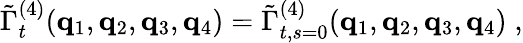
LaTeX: \tilde{\Gamma}_{t}^{(4)}({\mathbf{q}}_{1},{\mathbf{q}}_{2},{\mathbf{q}}_{3},{\mathbf{q}}_{4})=\tilde{\Gamma}_{t,s=0}^{(4)}({\mathbf{q}}_{1},{\mathbf{q}}_{2},{\mathbf{q}}_{3},{\mathbf{q}}_{4})\; ,